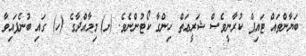
ބަޔާންތައް ޓައިޕް ކުރާނީވެސް ޝަރީޢަތް ހިންގާ ކޯޓުންނެވެ. (ށ)	މިމާއްދާގެ (ހ) ގައި ބުނެފައިވާ